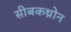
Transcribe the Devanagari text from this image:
सीबकथ्रोन